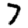
Digit: 7